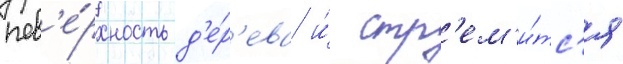
пов'е́рхность д'е́р'ева и́ стр'ем'и́тс'я